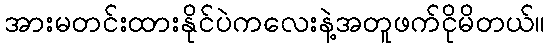
အားမတင်းထားနိုင်ပဲကလေးနဲ့အတူဖက်ငိုမိတယ်။